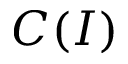
C ( I )